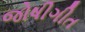
જોષીગીત